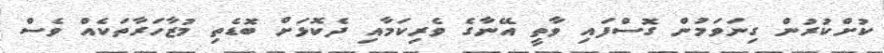
ކުށްކުރުން ގިނަވަމުން ގޮސްފައި ވާތީ އޭނާގެ ވެރިކަމާއި ދެކޮޅަށް ބޮޑެތި މުޒާހަރާތަކެއް ވެސް